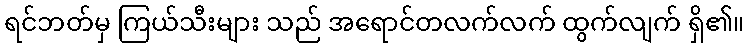
ရင်ဘတ်မှ ကြယ်သီးများ သည် အရောင်တလက်လက် ထွက်လျက် ရှိ၏။